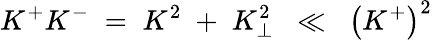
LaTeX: K^{+}K^{-}\; =\; K^{2}\; +\; K_{\perp}^{2}\; \; \ll\; \; \left(K^{+}\right)^{2}